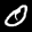
Label: 0